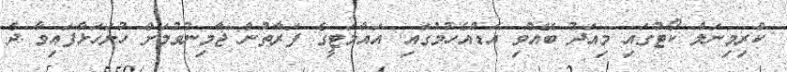
ކްރިމިނަލް ކޯޓުގައި މިއަދު ބޭއްވި އަޑުއެހުމުގައި